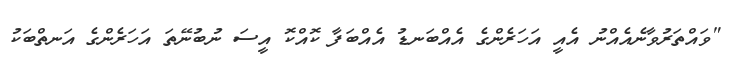
"ވައްތަރުވާނެއެއްނު އެއީ އަހަރެންގެ އެއްބަނޑު އެއްބަފާ ކޮއްކޮ އީސަ ނުބުނޭތަ އަހަރެންގެ އަނތްބަކު